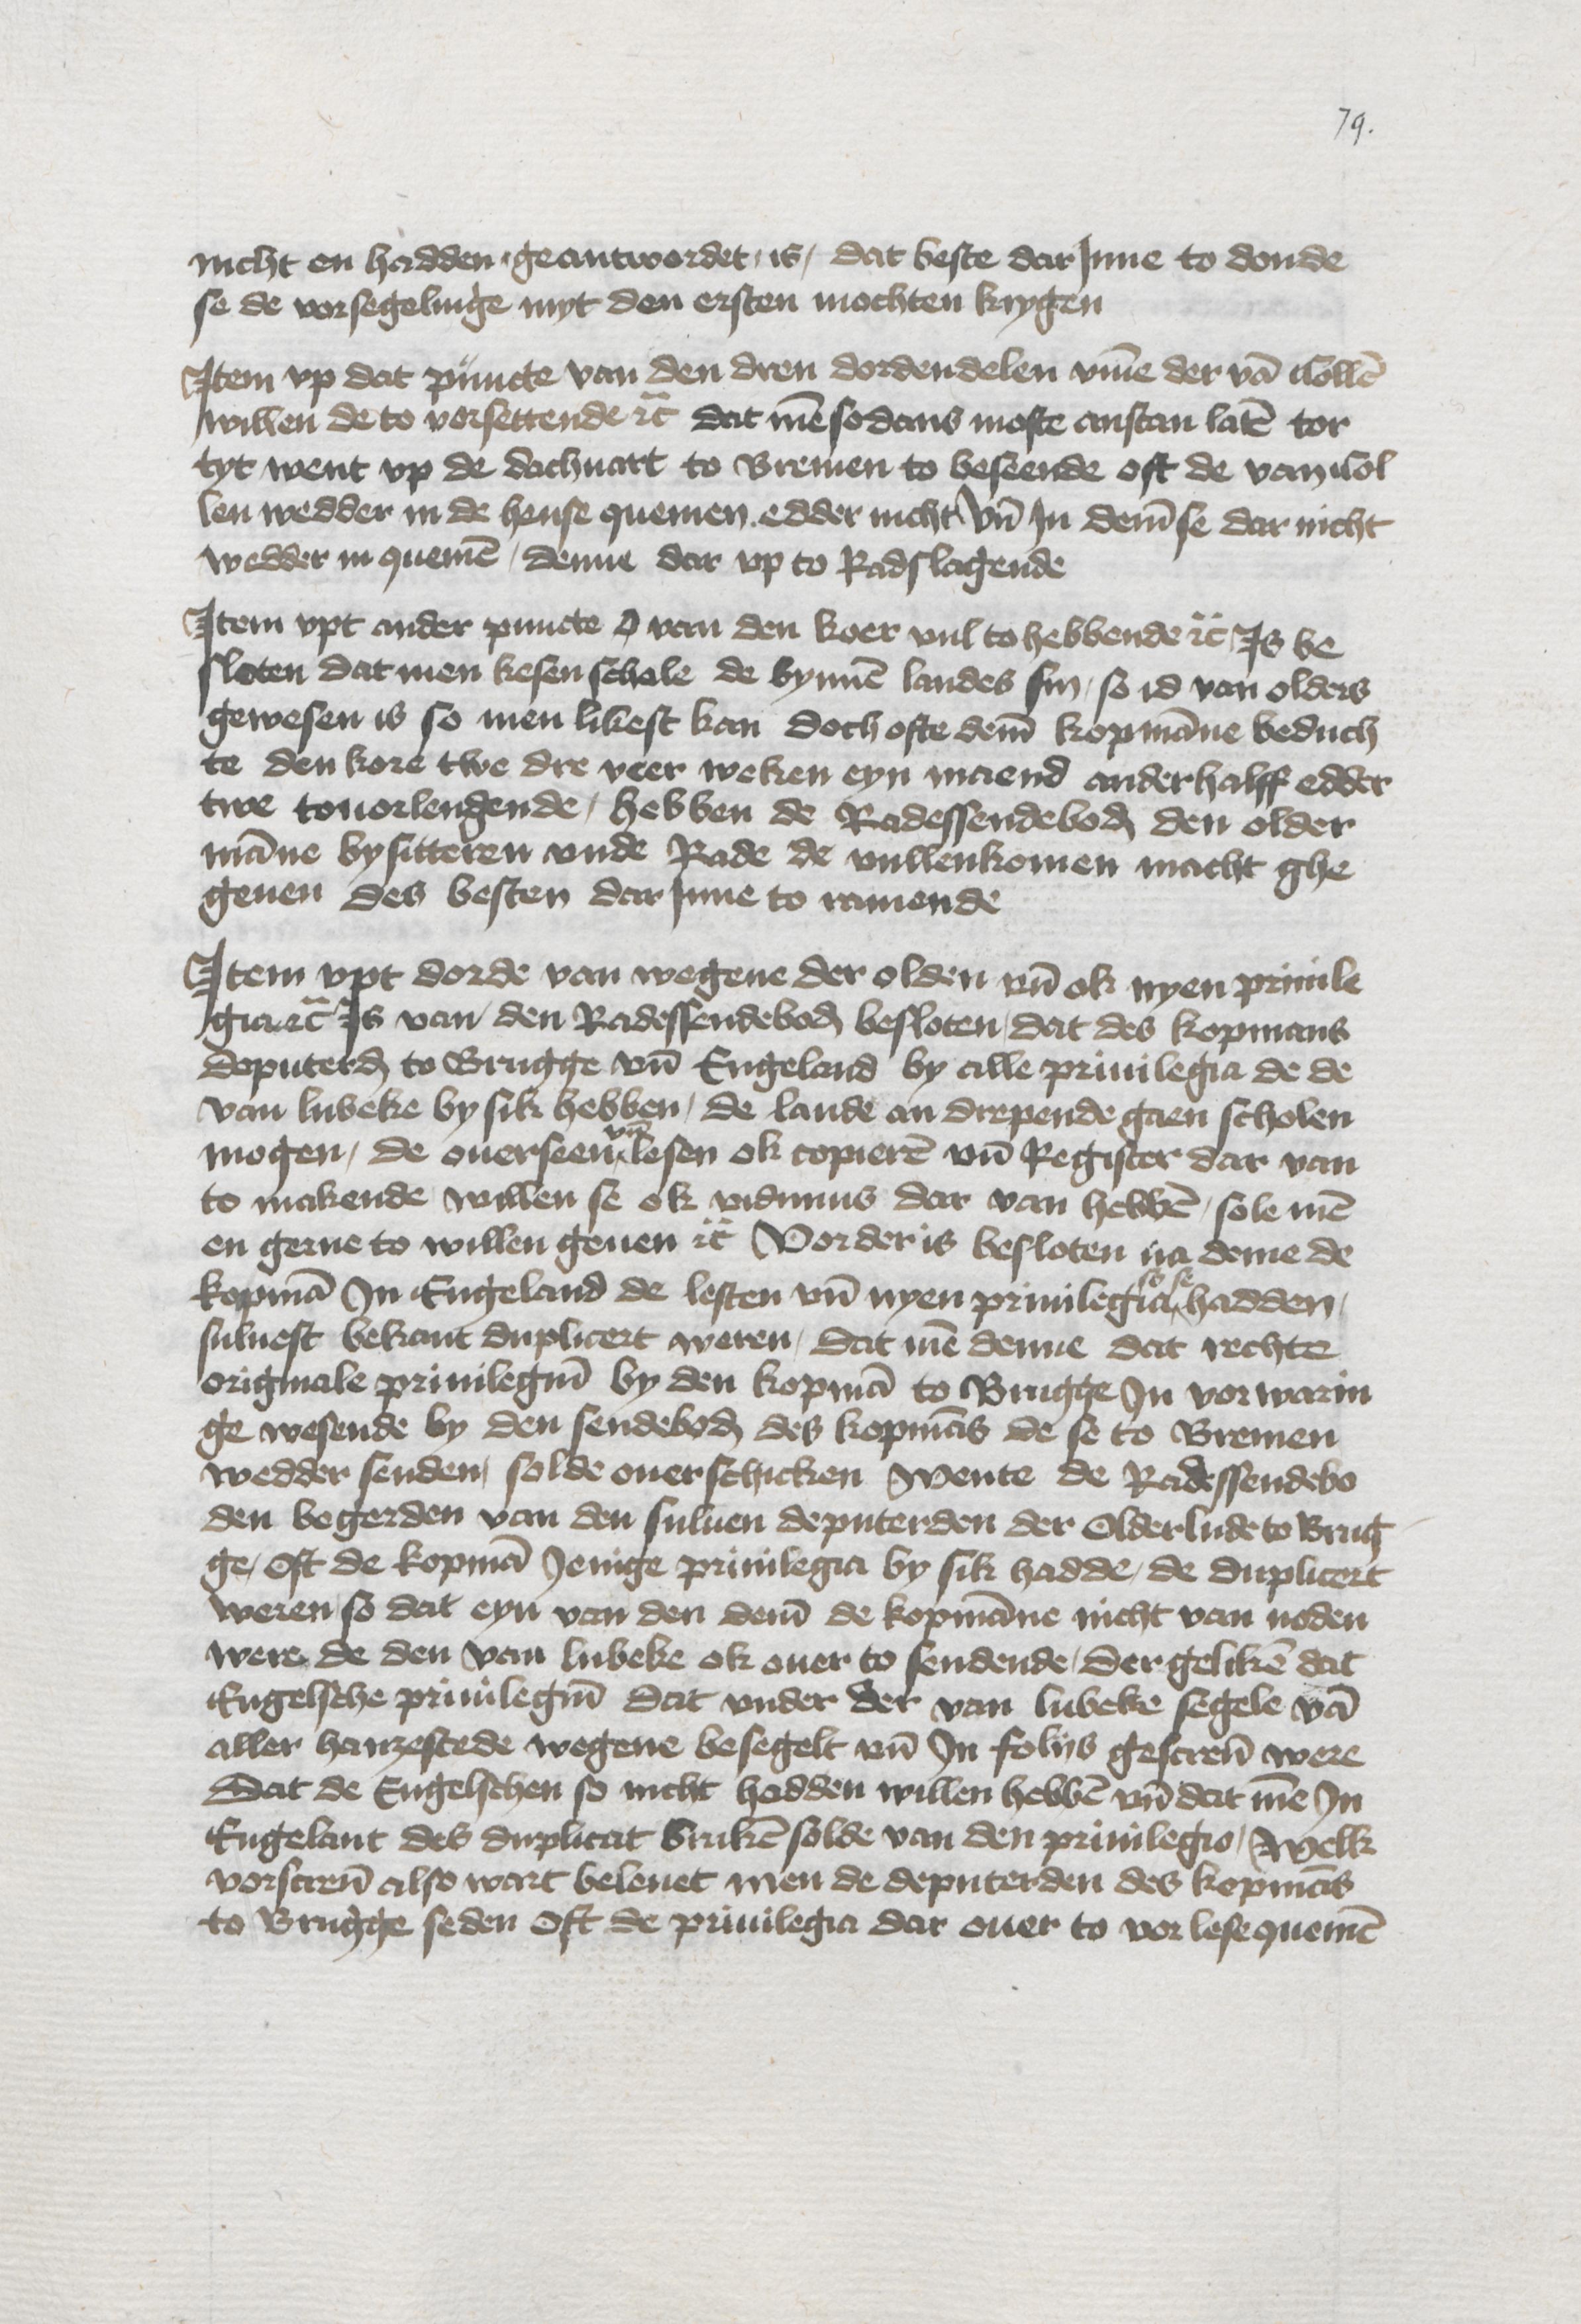
nicht en hadden geantwordet, is, dat beste dar Jnne to donde
se de vorsegelinge myt den ersten mochten krygen

Jtem vp dat puncte van den dren dordendelen vmme der van Collen
willen de to vorsettende etc dat men sodans moste anstan laten tor
tyt, went vp de dachuart to Bremen to beseende oft de van Col¬
len wedder in de hense quemen edder nicht Vnd Jn deme se dar nicht
wedder in quemen, denne dar vp to Radslagende

Jtem vpt ander puncte o van den koer vul to hebbende etc Js be¬
sloten dat men kesen schole de bynnen landes sin, so id van olders
gewesen is so men likest kan doch ofte deme kopmanne beduch¬
te den kore twe dre veer weken eyn maend anderhalff edder
twen touorlengende, hebben de Radessendeboden den older¬
manne bysitteren vnde Rade de vullenkomen macht ghe¬
geuen des besten dar Jnne to ramende

Jtem vpt dorde van wegene der olden vnd ok nyen priuile¬
gia etc Js van den Radessendeboden besloten dat des kopmans
doputerden to Brugge vnd Engeland by alle priuilegia de de
van Lubeke by sik hebben, de lande an drepende gaen scholen
mogen, de ouerseen vnd lesen ok copieren vnd Register dar van
to makende willen se ok vidimus dar van hebben, sole men
en gerne to willen geuen etc Vorder is besloten na deme de
kopman Jn Engeland de lesten vnd nyen priuilegia so se hadden
suluest bekant duplicert weren, dat men denne dat rechte
origermale priuilegium by den kopman to Brugge Jn vorwarin¬
ge wesende by den sendeboden des kopmans de se to Bremen
wedder senden, solde ouerschicken wente de Radessendebo¬
den begerden van den suluen deputerden der Olderlude to Brug¬
ge, Oft de kopman Jenige priuilegia by sik hadde, de duplicert
weren, so dat eyn van den deme de kopmanne nicht van noden
were de den van Lubeke ok ouer to sendende, der geliken dat
Engelsche priuilegium dat vnder der van Lubeke segele van
aller hanzestede wegene besegelt vnd Jn folijs gescreuen were
dat de Engelschen so nicht hedden willen hebben vnd dat men Jn
Engelant des duplicat bruken solde van den priuilegio, Welk
vorscreuen also wart beleuet men de deputerden des kopmans
to Brugge seden Oft de priuilegia dat ouer to vorlese quemen